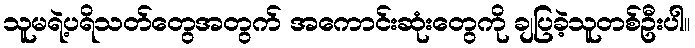
သူမရဲ့ပရိသတ်တွေအတွက် အကောင်းဆုံးတွေကို ချပြခဲ့သူတစ်ဦးပါ။